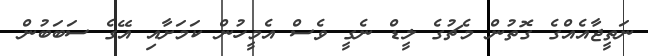
ނަތީޖާއެއްގެ ގޮތުން މެޗުގެ ލީޑް ނެގީ ވެސް އެމީހުން ކަމަށާއި އޭގެ ސަބަބުން